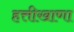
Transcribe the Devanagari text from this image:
हत्तीखाणा